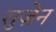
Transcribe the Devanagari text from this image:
सुज़ेन